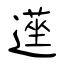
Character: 遳